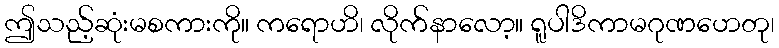
ဤသည့်ဆုံးမစကားကို။ ကရောဟိ၊ လိုက်နာလော့။ ရူပါဒိကာမဂုဏဟေတု၊